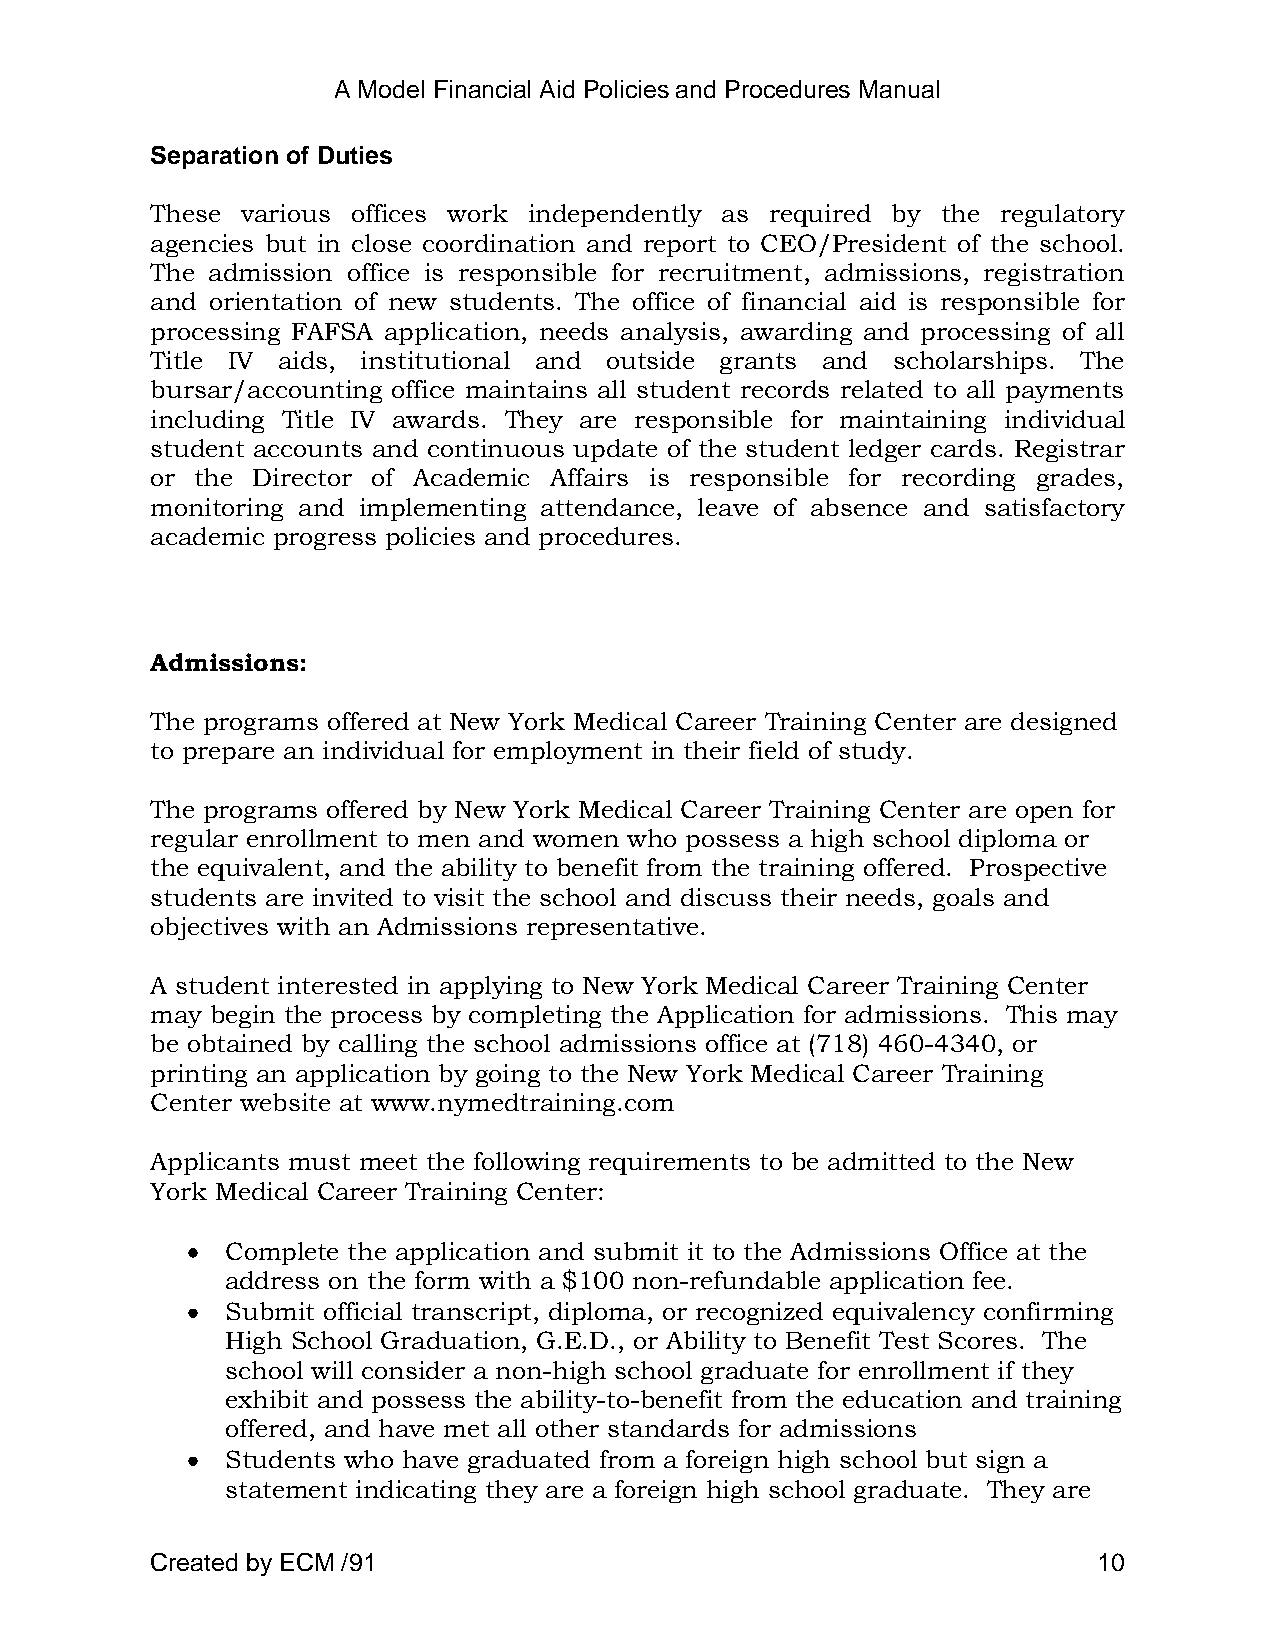
A Model Financial Aid Policies and Procedures Manual
 Separation of Duties
 These various offices work independently as required by the regulatory
 agencies but in close coordination and report to CEO/President of the school.
 The admission office is responsible for recruitment, admissions, registration
 and orientation of new students. The office of financial aid is responsible for
 processing FAFSA application, needs analysis, awarding and processing of all
 Title IV aids, institutional and outside grants and scholarships. The
 bursar/accounting office maintains all student records related to all payments
 including Title IV awards. They are responsible for maintaining individual
 student accounts and continuous update of the student ledger cards. Registrar
 or the Director of Academic Affairs is responsible for recording grades,
 monitoring and implementing attendance, leave of absence and satisfactory
 academic progress policies and procedures.
 Admissions:
 The programs offered at New York Medical Career Training Center are designed
 to prepare an individual for employment in their field of study.
 The programs offered by New York Medical Career Training Center are open for
 regular enrollment to men and women who possess a high school diploma or
 the equivalent, and the ability to benefit from the training offered. Prospective
 students are invited to visit the school and discuss their needs, goals and
 objectives with an Admissions representative.
 A student interested in applying to New York Medical Career Training Center
 may begin the process by completing the Application for admissions. This may
 be obtained by calling the school admissions office at (718) 460-4340, or
 printing an application by going to the New York Medical Career Training
 Center website at www.nymedtraining.com
 Applicants must meet the following requirements to be admitted to the New
 York Medical Career Training Center:
 Complete the application and submit it to the Admissions Office at the
 address on the form with a $100 non-refundable application fee.
 Submit official transcript, diploma, or recognized equivalency confirming
 High School Graduation, G.E.D., or Ability to Benefit Test Scores. The
 school will consider a non-high school graduate for enrollment if they
 exhibit and possess the ability-to-benefit from the education and training
 offered, and have met all other standards for admissions
 Students who have graduated from a foreign high school but sign a
 statement indicating they are a foreign high school graduate. They are
 Created by ECM /91                                             10